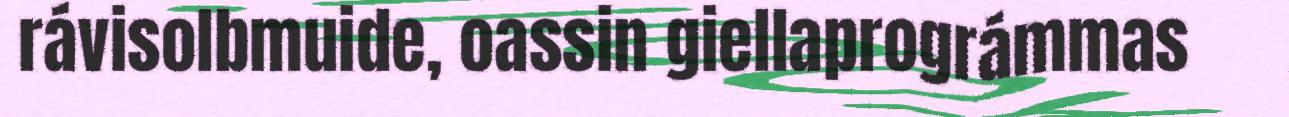
rávisolbmuide, oassin giellaprográmmas